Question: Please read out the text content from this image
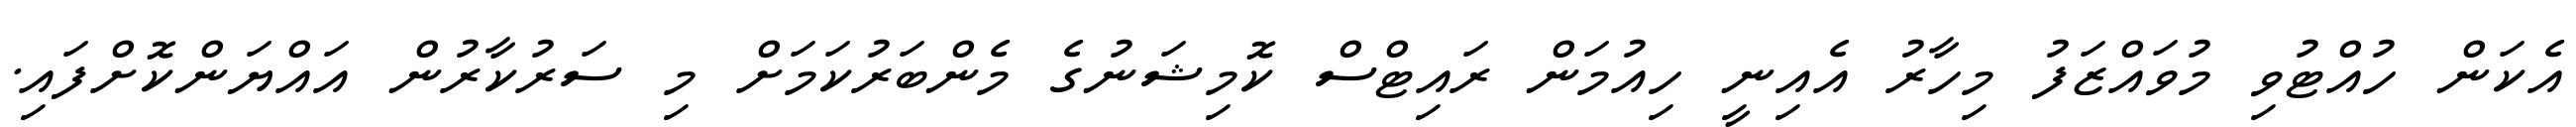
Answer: އެކަން ހުއްޓުވި މުވައްޒަފު މިހާރު އެއިނީ ހިއުމަން ރައިޓްސް ކޮމިޝަނުގެ މެންބަރުކަމަށް މި ސަރުކާރުން އައްޔަންކޮށްފައި.